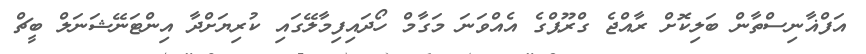
އަފްޣާނިސްތާން ބަލިކޮށް ރާއްޖެ ގްރޫޕްގެ އެއްވަނަ މަގާމް ހޯދައިފިމާލޭގައި ކުރިޔަށްދާ އިންޓަނޭޝަނަލް ބީޗް